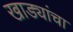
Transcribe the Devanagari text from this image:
खाड्यांचा